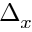
\Delta _ { x }